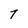
Character: 7